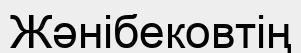
Жәнібековтің